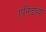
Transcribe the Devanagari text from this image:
एनिडच्या